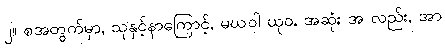
၂။ စအတွက်မှာ, သုနှင့်နာကြောင့်, မဃဝါ ယုဝ, အဆုံး အ လည်း, အာ